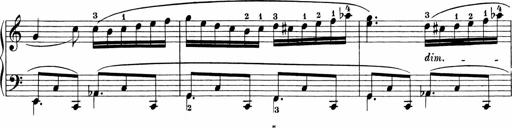
Title: 3 Sonatinas
Composer: Carl Reinecke